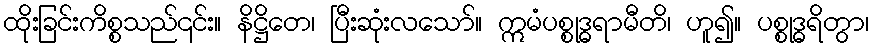
ထိုးခြင်းကိစ္စသည်၎င်း။ နိဋ္ဌိတေ၊ ပြီးဆုံးလသော်။ ဣမံပစ္စုဒ္ဓရာမီတိ၊ ဟူ၍။ ပစ္စုဒ္ဓရိတွာ၊